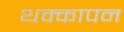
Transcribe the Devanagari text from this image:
थक्कापन